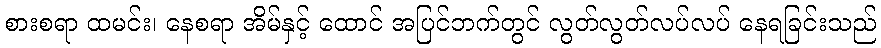
စားစရာ ထမင်း၊ နေစရာ အိမ်နှင့် ထောင် အပြင်ဘက်တွင် လွတ်လွတ်လပ်လပ် နေရခြင်းသည်